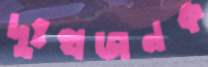
দুঃথজনক